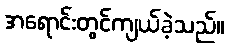
အရောင်းတွင်ကျယ်ခဲ့သည်။